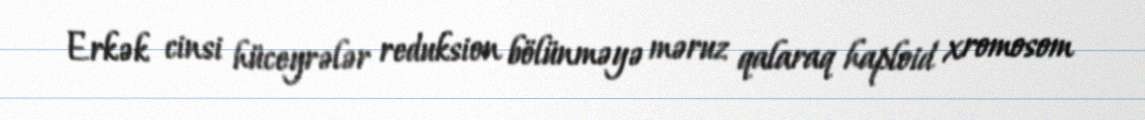
Erkək cinsi hüceyrələr reduksion bölünməyə məruz qalaraq haploid xromosom